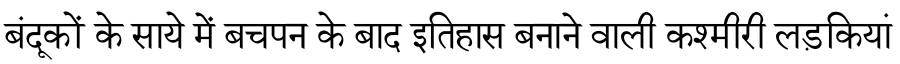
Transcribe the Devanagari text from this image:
बंदूकों के साये में बचपन के बाद इतिहास बनाने वाली कश्मीरी लड़कियां